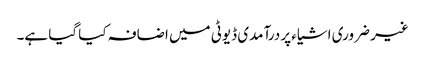
غیر ضروری اشیاء پر درآمدی ڈیوٹی میں اضافہ کیا گیا ہے۔